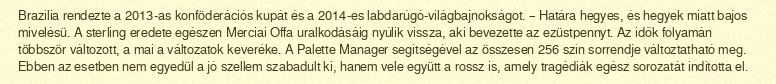
Brazília rendezte a 2013-as konföderációs kupát és a 2014-es labdarúgó-világbajnokságot. – Határa hegyes, és hegyek miatt bajos mivelésü. A sterling eredete egészen Merciai Offa uralkodásáig nyúlik vissza, aki bevezette az ezüstpennyt. Az idők folyamán többször változott, a mai a változatok keveréke. A Palette Manager segítségével az összesen 256 szín sorrendje változtatható meg. Ebben az esetben nem egyedül a jó szellem szabadult ki, hanem vele együtt a rossz is, amely tragédiák egész sorozatát indította el.